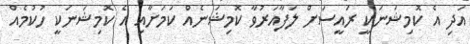
އަދި އެ ކޮމިޝަނަކީ ރައީސަށް ލަފާއަރުވާ ކޮމިޝަނެއް ކަމަށާއި އެ ކޮމިޝަނަކީ ހުކުމެއް